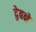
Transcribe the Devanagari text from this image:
द्वेबने